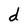
Character: d